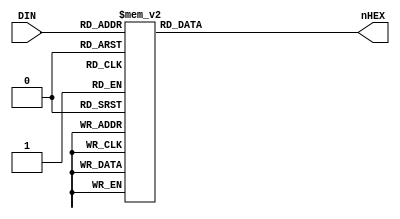
module seg7dec_3(
     input [3:0] DIN,
     output reg [7:0] nHEX
);

always @* begin
    case(DIN)
        4'h0:   nHEX = 8'b11000000;
        4'h1:   nHEX = 8'b11111001;
        4'h2:   nHEX = 8'b10100100;
        4'h3:   nHEX = 8'b10110000;
        4'h4:   nHEX = 8'b10011001;
        4'h5:   nHEX = 8'b10010010;
        4'h6:   nHEX = 8'b10000010;
        4'h7:   nHEX = 8'b11011000;
        4'h8:   nHEX = 8'b10000000;
        4'h9:   nHEX = 8'b10010000;
        4'ha:   nHEX = 8'b10001000;
        4'hb:   nHEX = 8'b10000011;
        4'hc:   nHEX = 8'b10100111;
        4'hd:   nHEX = 8'b10100001;
        4'he:   nHEX = 8'b10000110;
        4'hf:   nHEX = 8'b10001110;
        default:nHEX = 8'b11111111;
    endcase
end

endmodule